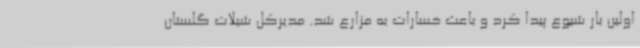
اولین بار شیوع پیدا کرد و باعث خسارات به مزارع شد. مدیرکل شیلات گلستان